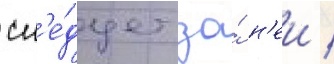
сл'е́дует за́ н'еи /